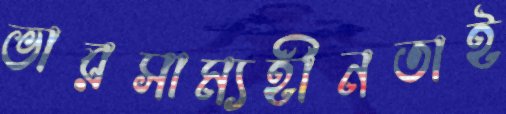
ভারসাম্যহীনতাই